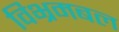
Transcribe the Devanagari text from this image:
विभ्रमबल